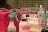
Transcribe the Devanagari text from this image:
एव्लेस